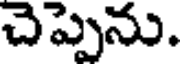
చెప్పెను.